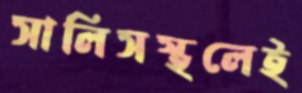
সালিসস্থলেই